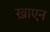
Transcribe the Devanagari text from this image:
ख़ाएन